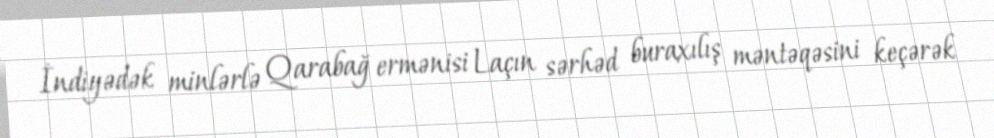
İndiyədək minlərlə Qarabağ ermənisi Laçın sərhəd buraxılış məntəqəsini keçərək